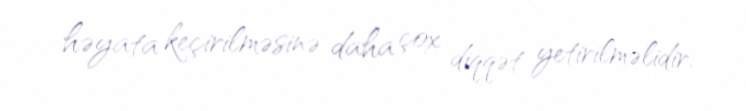
həyata keçirilməsinə daha çox diqqət yetirilməlidir.